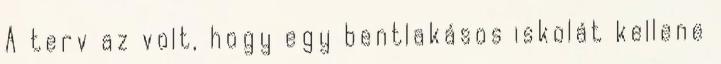
A terv az volt, hogy egy bentlakásos iskolát kellene